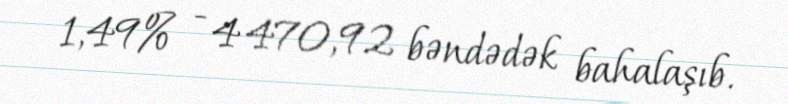
1,49% - 4 470,92 bəndədək bahalaşıb.